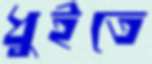
ধুইতে